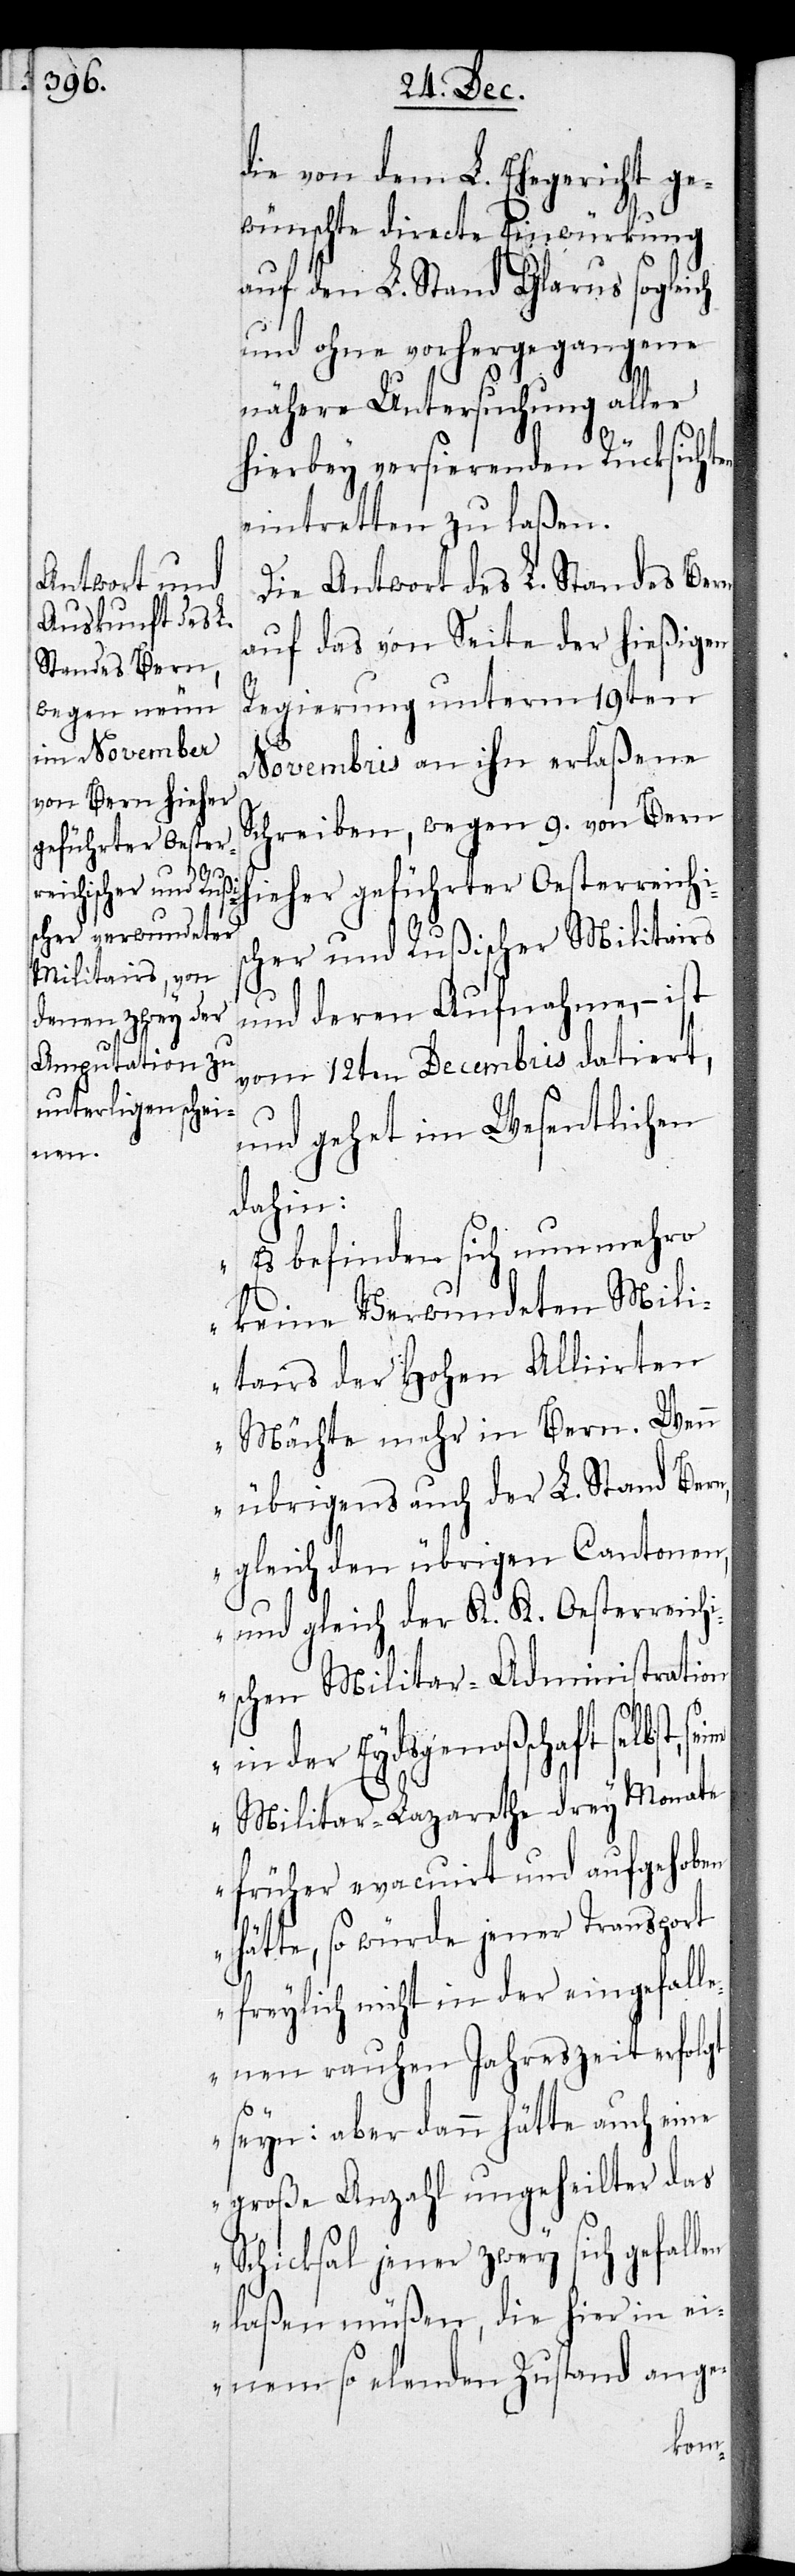
sc¬

die von dem L. Ehegericht ge¬
wünschte directe Einwürkung
auf den L. Stand Glarus sogleich
und ohne vorhergegangene
nähere Untersuchung aller
hierbey versierenden Rücksichten
eintretten zu laßen.
Die Antwort des L. Standes Bern
auf das von Seite der hießigen
Regierung unterm 19ten
Novembris an ihn erlaßene
Schreiben, wegen 9. von Bern
hieher geführter Oesterreichi¬
her und Rußischer Militairs
und deren Aufnahme, – ist
vom 12ten Decembris datiert,
und gehet im Wesentlichen
dahin:
„Es befinden sich nunmehro
keine Verwundeten Mili¬
tairs der Hohen Alliirten
Mächte mehr in Bern. Wenn
übrigens auch der L. Stand Bern,
gleich den übrigen Cantonen,
und gleich der K. K. Oesterreich¬
ischen Militar-Administration
in der Eydsgenoßschaft selbst,
Militar-Lazarethe drey Monate
früher evacuirt und aufgehoben
hätte, so würde jener Transport
freylich nicht in der eingefall¬
enen rauhen Jahreszeit erfolgt
seyn: aber dann hätte auch eine
große Anzahl Ungeheilter das
Schicksal jener zwey sich gefall¬
en laßen müßen, die hier in ei¬
nem so elenden Zustand ange-